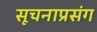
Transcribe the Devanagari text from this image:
सूचनाप्रसंग